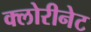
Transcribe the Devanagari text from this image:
क्लोरीनेट